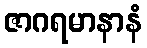
ဇာဂရမာနာနံ